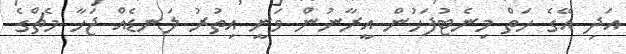
އަދި އޭގެ ހަތް މިނެޓުފަހުން އީރާނުން ވަނީ އިތުރު ލަނޑެއް ޖަހާ މެޗްގެ